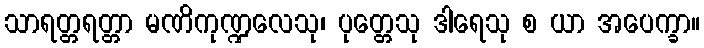
သာရတ္တရတ္တာ မဏိကုဏ္ဍလေသု၊ ပုတ္တေသု ဒါရေသု စ ယာ အပေက္ခာ။